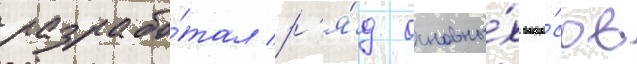
разрабо́тал р'я́д основны́х вопро́сов